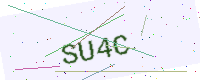
Text: SU4C